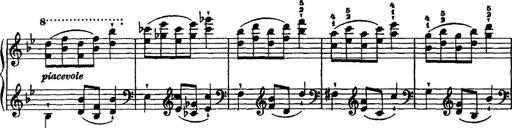
Title: Grande valse di bravura
Composer: Franz Liszt